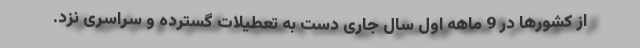
از کشورها در 9 ماهه اول سال جاری دست به تعطیلات گسترده و سراسری نزد.